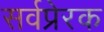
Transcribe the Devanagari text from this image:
सर्वप्रेरक